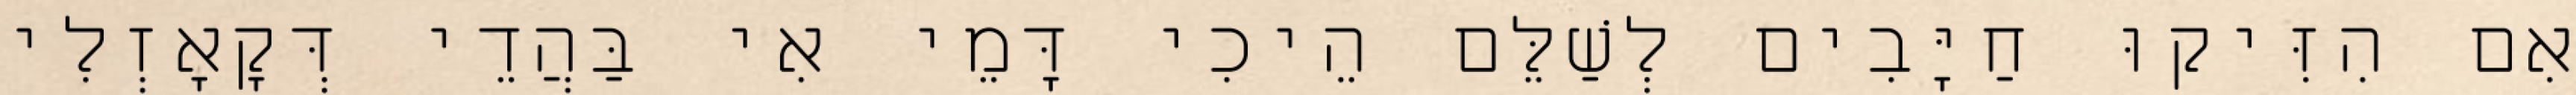
אִם הִזִּיקוּ חַיָּבִים לְשַׁלֵּם הֵיכִי דָּמֵי אִי בַּהֲדֵי דְּקָאָזְלִי